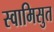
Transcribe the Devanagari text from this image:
स्वामिसुत